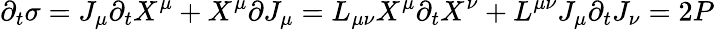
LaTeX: \partial_{t}\sigma=J_{\mu}\partial_{t}X^{\mu}+X^{\mu}\partial J_{\mu}=L_{\mu\nu}X^{\mu}\partial_{t}X^{\nu}+L^{\mu\nu}J_{\mu}\partial_{t}J_{\nu}=2P